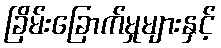
ခြိမ်းခြောက်မှုများနှင့်